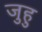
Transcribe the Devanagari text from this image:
जुहु